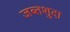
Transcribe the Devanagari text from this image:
जब्तशुदा